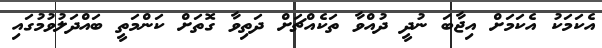
އެކަމަކު އެކަމަށް އިޖާބަ ނުދީ ދުއްވާ ތަކެއްޗަށް ދަތިވާ ގޮތަށް ކަންމަތީ ބައްދަލުވުމުގައި